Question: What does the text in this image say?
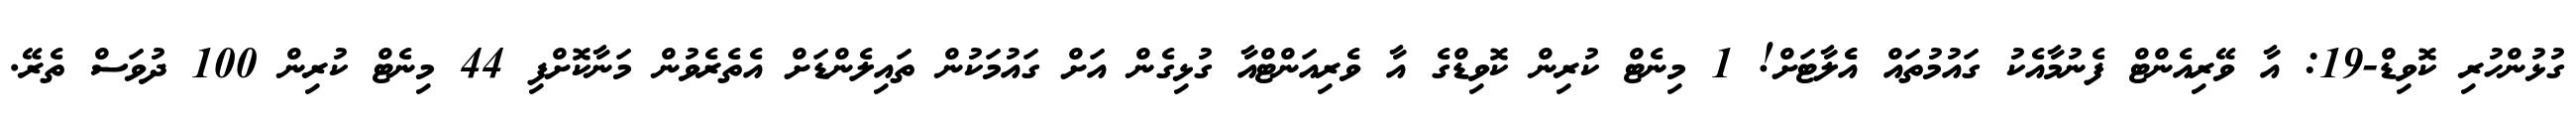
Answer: ގުޅުންހުރި ކޮވިޑް-19: އާ ވޭރިއެންޓް ފެނުމާއެކު ގައުމުތައް އެެލާޓަށް! 1 މިނެޓް ކުރިން ކޮވިޑްގެ އާ ވެރިއަންޓްއާ ގުޅިގެން އަށް ގައުމަކުން ތައިލެންޑަށް އެތެރެވުން މަނާކޮށްފި 44 މިނެޓް ކުރިން 100 ދުވަސް ތެރޭ.